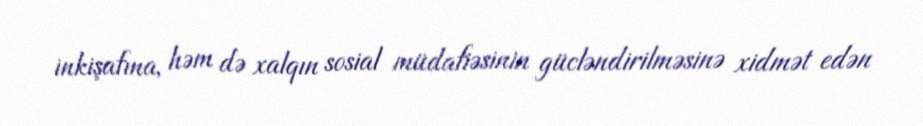
inkişafına, həm də xalqın sosial müdafiəsinin gücləndirilməsinə xidmət edən